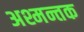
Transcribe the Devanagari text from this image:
अश्मन्तक